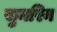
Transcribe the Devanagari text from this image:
सुमरिन